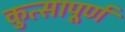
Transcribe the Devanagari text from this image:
कुत्सापूर्ण